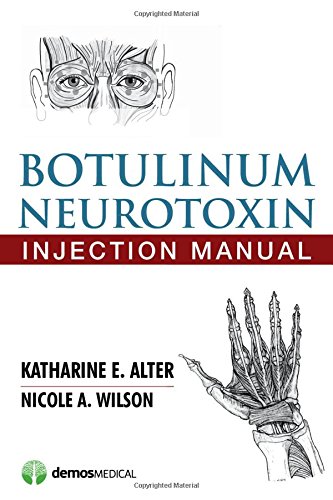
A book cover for Botulinum Neurotoxin Injection Manual; Katharine E. Alter MD; Medical Books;